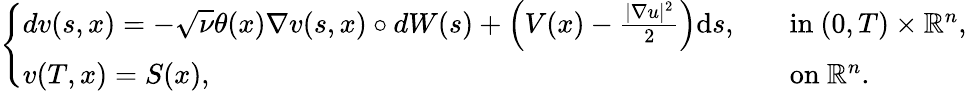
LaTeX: \begin{array}{r}{\left\{ \begin{array}{ll}{dv(s,x)=-\sqrt{\nu}\theta(x)\nabla v(s,x)\circ dW(s)+\left(V(x)-\frac{|\nabla u|^{2}}{2}\right)\mathrm{d}s,\quad}&{\mathrm{in~}(0,T)\times\mathbb{R}^{n},}\\ {v(T,x)=S(x),}&{\mathrm{on~}\mathbb{R}^{n}.}\end{array}\right.}\end{array}